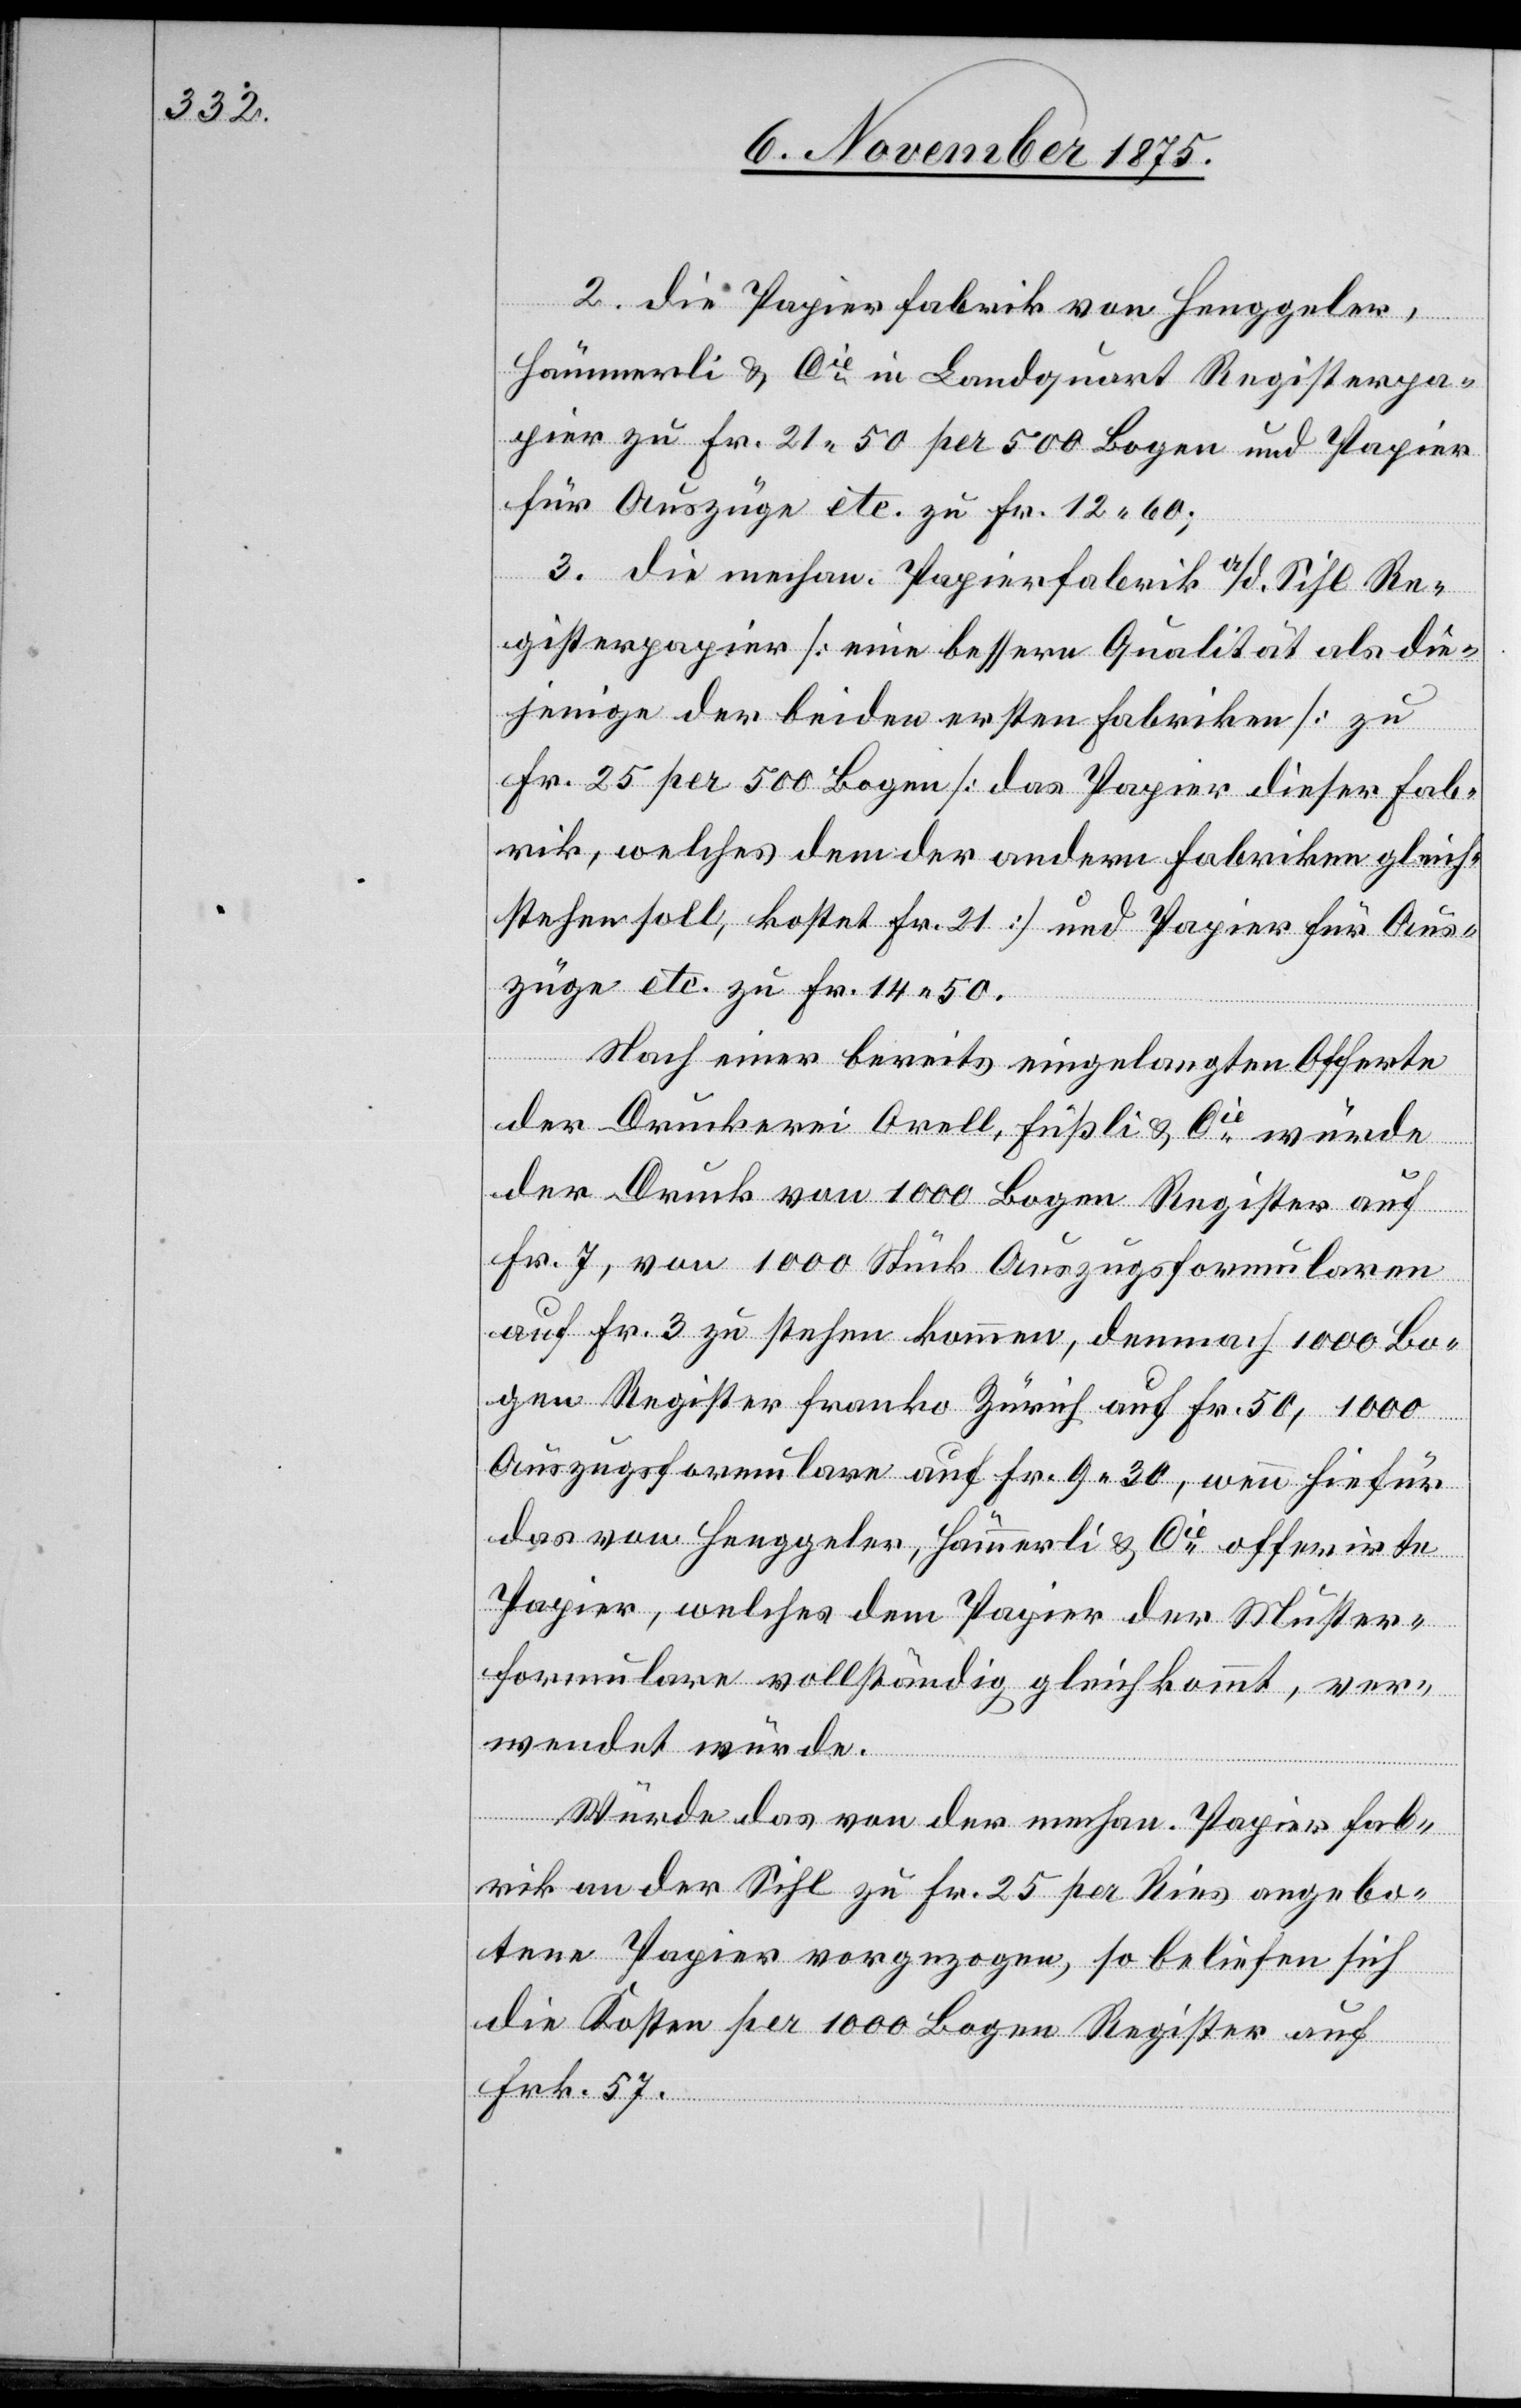
2. die Papierfabrik von Henggeler,
Hämmerli & Cie in Landquart Registerpa¬
pier zu Fr. 21 50 per 500 Bogen und Papier
für Auszüge etc. zu Fr. 12 60;
3. die mechan. Papierfabrik a/d. Sihl Re¬
gisterpapier [eine bessere Qualität als die¬
jenige der beiden ersten Fabriken] zu
Fr. 25 per 500 Bogen [das Papier dieser Fab¬
rik, welches dem der andern Fabriken gleich¬
stehen soll, kostet Fr. 21] und Papier für Aus¬
züge etc. zu Fr. 14 50.
Nach einer bereits eingelangten Offerte
der Druckerei Orell, Füßli & Cie würde
der Druck von 1000 Bogen Register auf
Fr. 7, von 1000 Stück Auszugsformularen
auf Fr. 3 zu stehen kommen, demnach 1000 Bo¬
gen Register franko Zürich auf Fr. 50, 1000
Auszugsformulare auf Fr. 9 30, wenn hiefür
das von Henggeler, Hämmerli & Cie offerirte
Papier, welches dem Papier der Muster¬
formulare vollständig gleichkommt, ver¬
wendet würde.
Würde das von der mechan. Papierfab¬
rik an der Sihl zu Fr. 25 per Ries angebo¬
tene Papier vorgezogen, so beliefen sich
die Kosten per 1000 Bogen Register auf
Frk. 57.